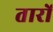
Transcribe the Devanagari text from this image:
तारों